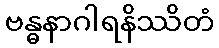
ဗန္ဓနာဂါရနိဿိတံ